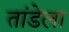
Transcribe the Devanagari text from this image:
तांडेला